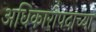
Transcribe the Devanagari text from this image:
अधिकारीपदाच्या